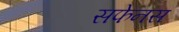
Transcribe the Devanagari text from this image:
सफेनस